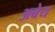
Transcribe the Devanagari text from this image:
अबेय